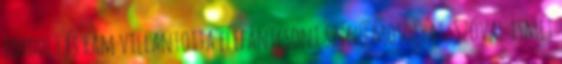
fordult és rám villantotta elefántcsont színű mosolyát. Szóval ismét